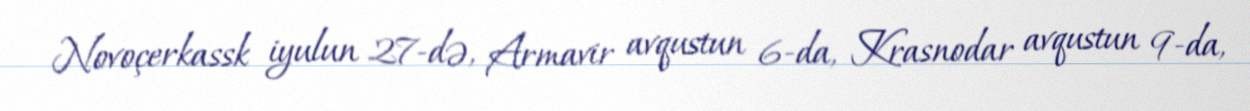
Novoçerkassk iyulun 27-də, Armavir avqustun 6-da, Krasnodar avqustun 9-da,